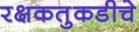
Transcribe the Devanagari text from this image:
रक्षकतुकडीचे